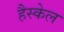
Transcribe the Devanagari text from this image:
हैस्केल